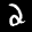
Digit: 2